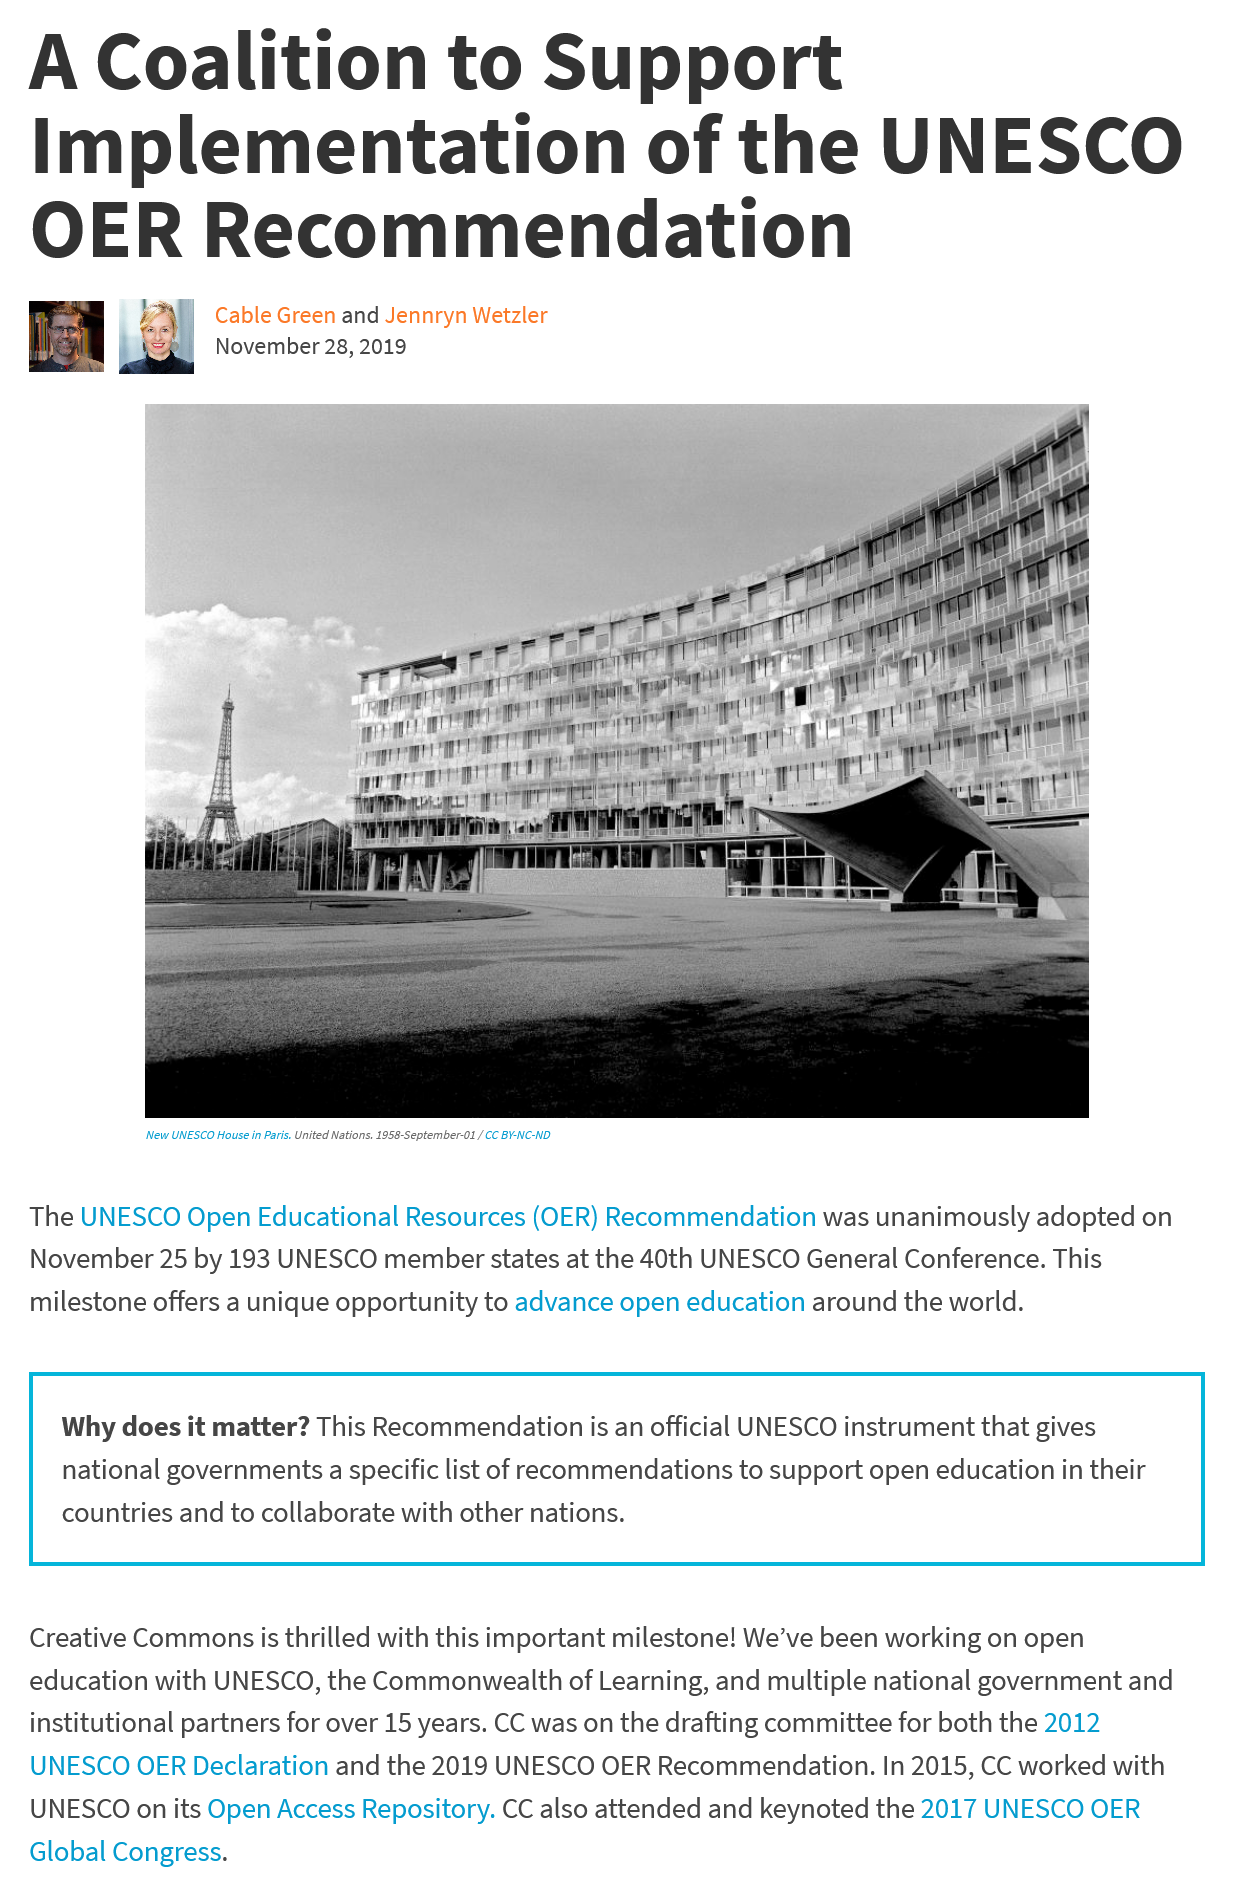
A    Coalition    to    Support
   Implementation    of    the    UNESCO
   OER    Recommendation
     Cable Green and Jennryn Wetzle
     November 28, 2019
     ‘New UNESCO House in Paris. United Natio
     11/
     CC BY-NC-ND
   The UNESCO Open Educational Resources (OER) Recommendation was unanimously adopted on
   November 25 by 193 UNESCO member states at the 40th UNESCO General Conference. This
   milestone offers a unique opportunity to advance open education around the world.
     Why does it matter? This Recommendation is an official UNESCO instrument that gives
     national governments a specific list of recommendations to support open education in their
     countries and to collaborate with other nations.
   Creative Commons is thrilled with this important milestone! We’ve been working on open
   education with UNESCO, the Commonwealth of Learning, and multiple national government and
   institutional partners for over 15 years. CC was on the drafting committee for both the 2012
   UNESCO OER Declaration and the 2019 UNESCO OER Recommendation. In 2015, CC worked with
   UNESCO on its Open Access Repository. CC also attended and keynoted the 2017 UNESCO OER
   Global Congress.